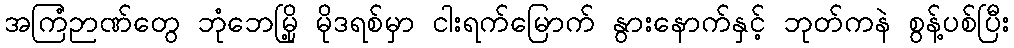
အကြံဉာဏ်တွေ ဘုံဘေမြို့ မိုဒရစ်မှာ ငါးရက်မြောက် နွားနောက်နှင့် ဘုတ်ကနဲ စွန့်ပစ်ပြီး